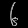
Digit: ၆